Report on sanitation, dispensaries, and jails in Rajputana for 1916, and on vaccination for the year 1916-1917 - 1916-1917
Year: 1916
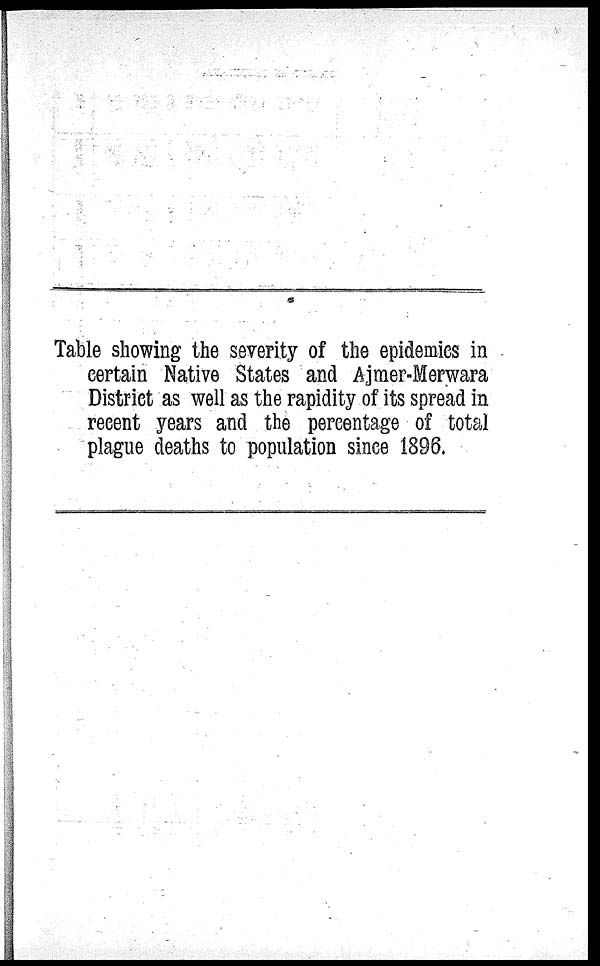
Table showing the severity of the epidemics in
certain Native States and Ajmer-Merwara
District as well as the rapidity of its spread in
recent years and the percentage of total
plague deaths to population since 1896.